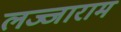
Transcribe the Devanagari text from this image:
लज्जाराम